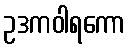
ဥဒကဝါရကော